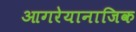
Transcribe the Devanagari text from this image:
आगरेयानाजिक